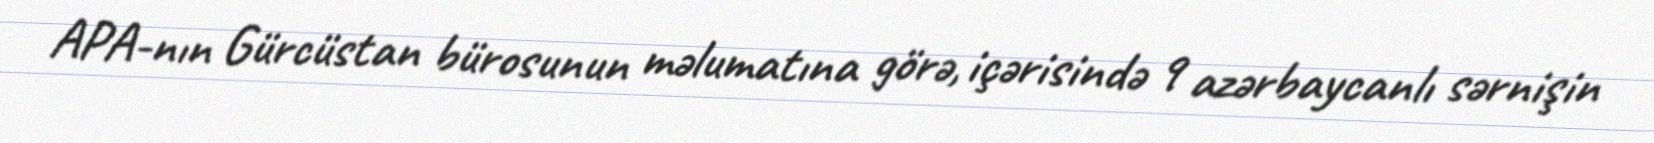
APA-nın Gürcüstan bürosunun məlumatına görə, içərisində 9 azərbaycanlı sərnişin